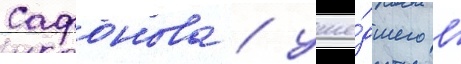
Сафонова / уше́дшего в